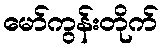
မော်ကွန်းတိုက်